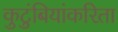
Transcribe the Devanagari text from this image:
कुटुंबियांकरिता